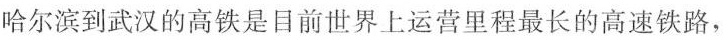
哈尔滨到武汉的高铁是目前世界上运营里程最长的高速铁路，